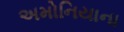
અમોનિયાના